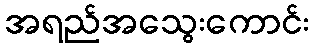
အရည်အသွေးကောင်း